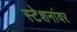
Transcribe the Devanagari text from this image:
स्टेशनांवर